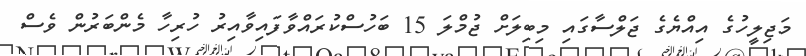
މަޖިލީހުގެ އިއްޔެގެ ޖަލްސާގައި މިބިލަށް ޖުމްލަ 15 ބަހުސްކުރައްވާފައިވާއިރު ހުރިހާ މެންބަރުން ވެސް